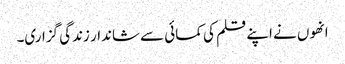
انھوں نے اپنے قلم کی کمائی سے شاندار زندگی گزاری۔